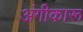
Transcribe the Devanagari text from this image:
अंगीकारू